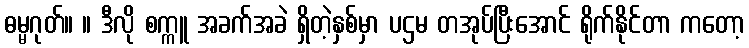
ဓမ္မဂုတ်။ ။ ဒီလို စက္ကူ အခက်အခဲ ရှိတဲ့နှစ်မှာ ပဌမ တအုပ်ပြီးအောင် ရိုက်နိုင်တာ ကတော့